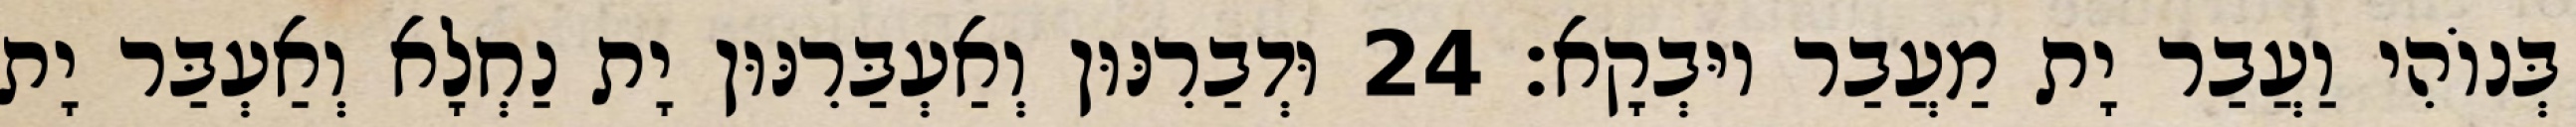
בְּנוֹהִי וַעֲבַר יָת מַעֲבַר יוּבְקָא׃ 24 וּדְבַרִנּוּן וְאַעְבַּרִנּוּן יָת נַחְלָא וְאַעְבַּר יָת